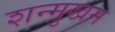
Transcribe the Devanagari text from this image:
शन्मुखम